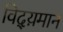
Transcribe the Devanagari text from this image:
विद्य़मान